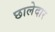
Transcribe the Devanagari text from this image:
छालेदार